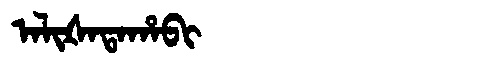
Manchu: ᠠᠯᡳᡧᠠᡨᠠᡥᠠᠪᡳ
Romanization: ALIŠATAHABI